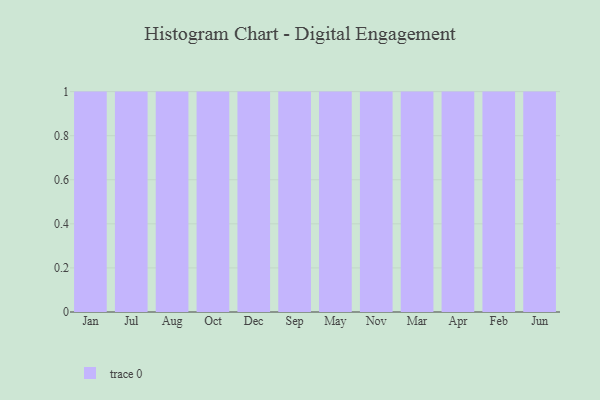
{"axis": {"x": "Month", "y": "Humidity (%)"}, "legend": [""], "data": [{"x": "Jan", "y": 74, "type": ""}, {"x": "Jul", "y": 71, "type": ""}, {"x": "Aug", "y": 58, "type": ""}, {"x": "Oct", "y": 40, "type": ""}, {"x": "Dec", "y": 18, "type": ""}, {"x": "Sep", "y": 5, "type": ""}, {"x": "May", "y": 59, "type": ""}, {"x": "Nov", "y": 71, "type": ""}, {"x": "Mar", "y": 86, "type": ""}, {"x": "Apr", "y": 91, "type": ""}, {"x": "Feb", "y": 27, "type": ""}, {"x": "Jun", "y": 68, "type": ""}]}